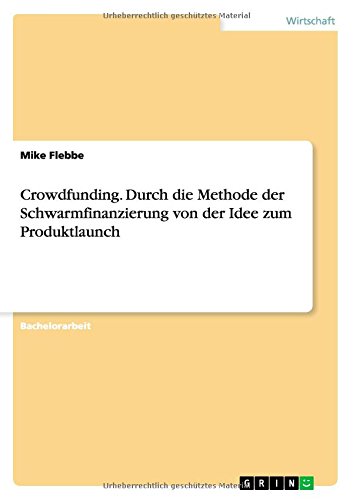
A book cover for Crowdfunding. Durch die Methode der Schwarmfinanzierung von der Idee zum Produktlaunch (German Edition); Mike Flebbe; Business & Money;